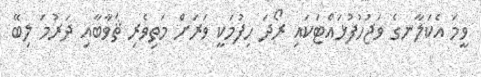
ވީމަ އެކަލާނގެ ވަޖުހުފުޅައްޓަކައި ރޯދަ ހިފުމަކީ ވަރަށް މަތިވެރި ޘަވާބާއި ދަރުމަ ލިބޭ